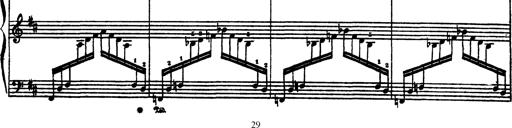
Title: AnnÃ©es de PÃ¨lerinage III
Composer: Franz Liszt